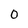
Character: 0